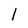
Character: 1